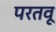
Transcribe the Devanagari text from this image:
परतवू